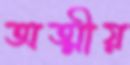
অত্মীয়